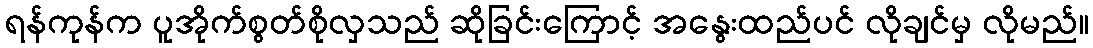
ရန်ကုန်က ပူအိုက်စွတ်စိုလှသည် ဆိုခြင်းကြောင့် အနွေးထည်ပင် လိုချင်မှ လိုမည်။